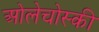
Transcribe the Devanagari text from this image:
ओलेचोस्की